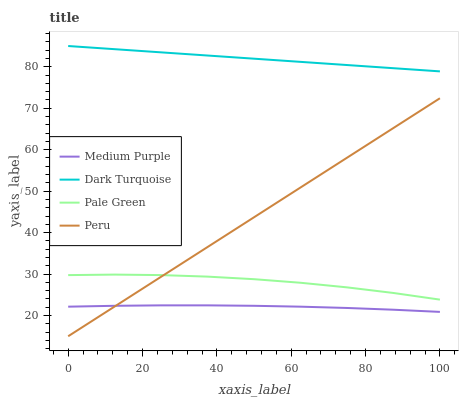
| xaxis_label | Medium Purple | Dark Turquoise | Pale Green | Peru |
 | --- | --- | --- | --- | --- |
 | 0 | 22.1 | 85 | 29.7 | 15 |
 | 12.5 | 22.3 | 84.2 | 29.9 | 22.2 |
 | 25 | 22.5 | 83.5 | 29.7 | 29.3 |
 | 37.5 | 22.5 | 82.7 | 29.4 | 36.5 |
 | 50 | 22.3 | 81.9 | 28.8 | 43.7 |
 | 62.5 | 22.1 | 81.2 | 27.9 | 50.9 |
 | 75 | 21.8 | 80.4 | 26.8 | 58 |
 | 87.5 | 21.4 | 79.6 | 25.4 | 65.2 |
 | 100 | 20.9 | 78.9 | 23.8 | 72.4 |